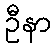
ဦနာ